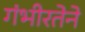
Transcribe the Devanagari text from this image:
गंभीरतेने